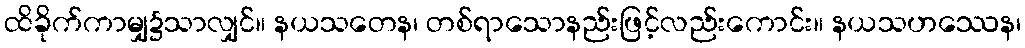
ထိခိုက်ကာမျှ၌သာလျှင်။ နယသတေန၊ တစ်ရာသောနည်းဖြင့်လည်းကောင်း။ နယသဟဿေန၊